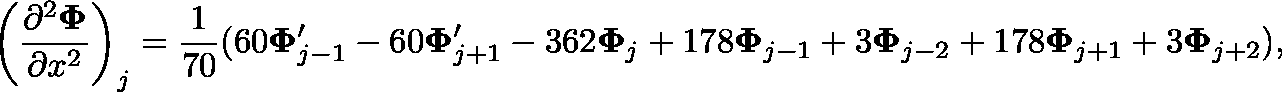
\left( \frac { \partial ^ { 2 } \mathbf { \Phi } } { \partial x ^ { 2 } } \right) _ { j } = \frac { 1 } { 7 0 } ( 6 0 \mathbf { \Phi } _ { j - 1 } ^ { \prime } - 6 0 \mathbf { \Phi } _ { j + 1 } ^ { \prime } - 3 6 2 \mathbf { \Phi } _ { j } + 1 7 8 \mathbf { \Phi } _ { j - 1 } + 3 \mathbf { \Phi } _ { j - 2 } + 1 7 8 \mathbf { \Phi } _ { j + 1 } + 3 \mathbf { \Phi } _ { j + 2 } ) ,